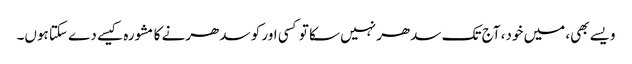
ویسے بھی، میں خود، آج تک سدھر نہیں سکا تو کسی اور کو سدھرنے کا مشورہ کیسے دے سکتا ہوں۔